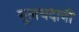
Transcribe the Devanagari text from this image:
मूलचदानी